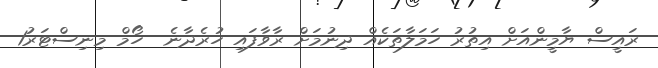
ރައީސް ޔާމީންއަށް އިތުރު ހަމަލާތަކެއް ދިނުމަށް ރާވާފައި ހުރެދާނެ  ހޯމް މިނިސްޓަރު1